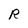
Character: R